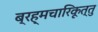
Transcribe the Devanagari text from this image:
ब्रह्मचारिकूत्तु